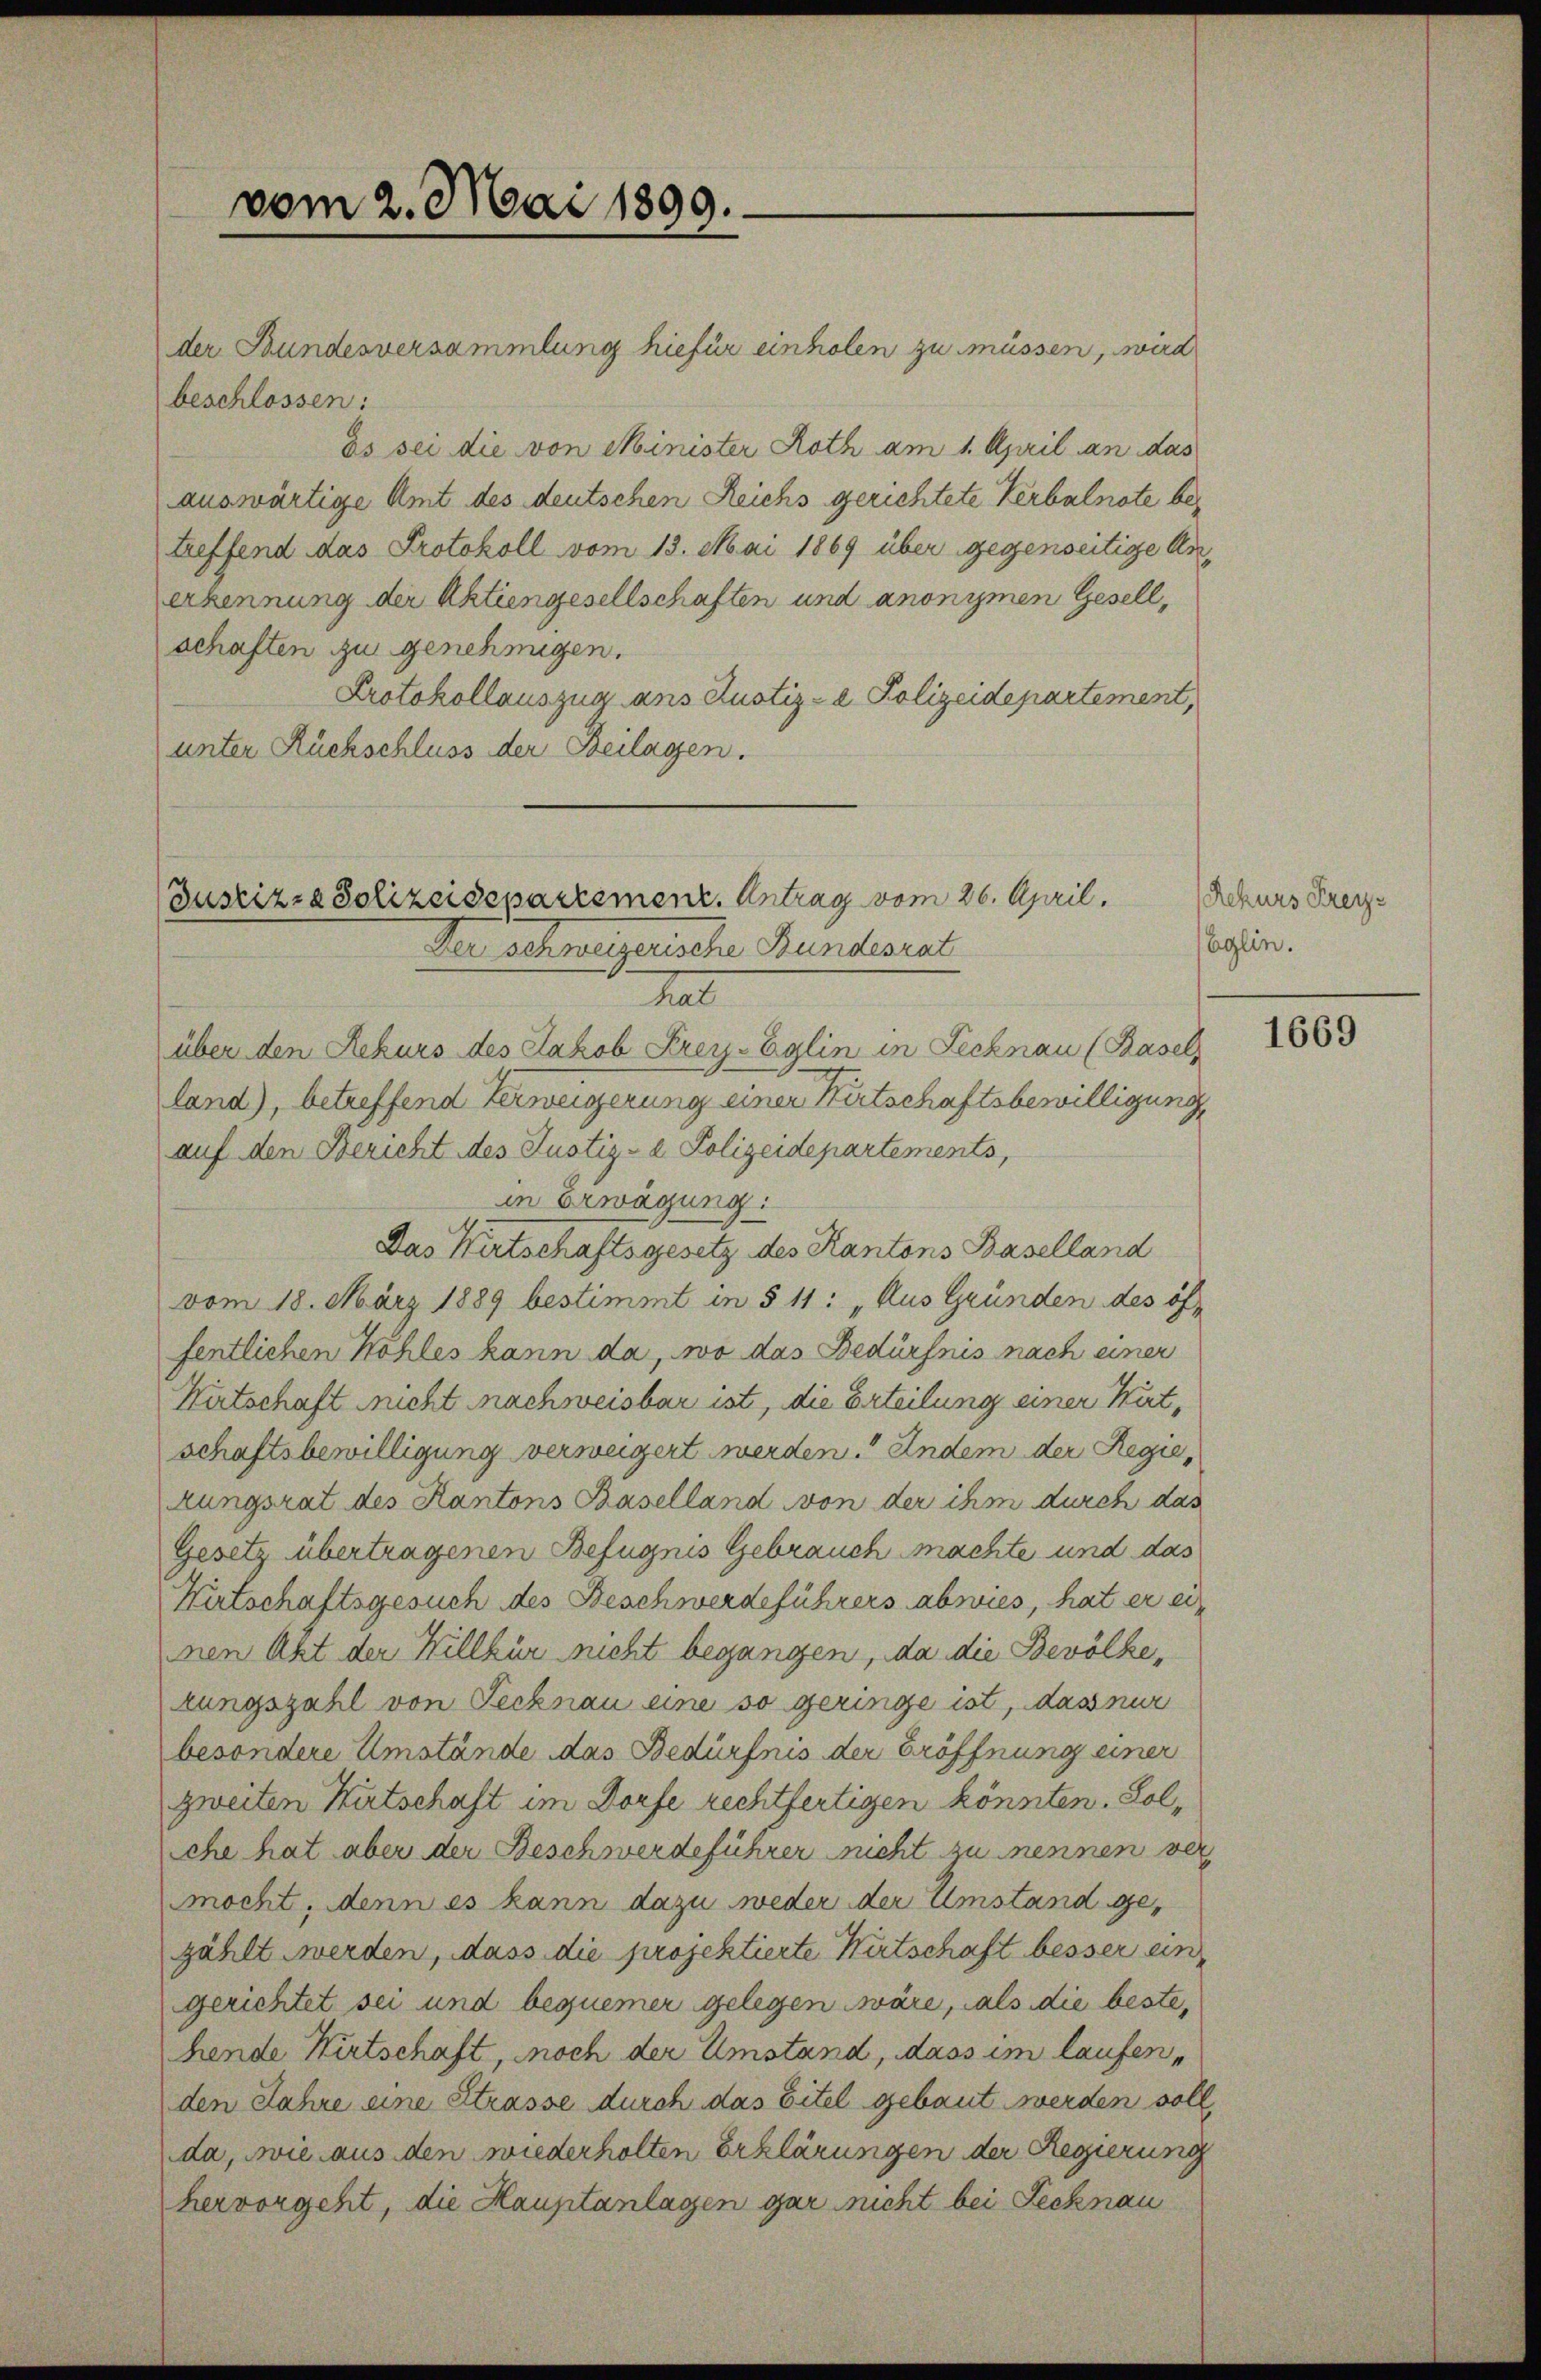
vom 2. Mai 1899.

der Bundesversammlung hiefür einholen zu müssen, wird
beschlossen:
ds sei die von Minister Roth am 1. April an das
auswärtige Amt des deutschen Reichs gerichtete Verbalnote betreffend das Protokoll vom 13. Mai 1869 über gegenseitige Anerkennung der Aktiengesellschaften und anonymen Gesell,
schaften zu genehmigen.
Protokollauszug ans Justiz- & Polizeidepartement,
unter Rückschluss der Beilagen.

Justizza Polizeisepartement. Antrag vom 26. April.
Der schweizerische Bundesrat
tal
über den Rekurs des Jakob Frey-Eglin in Fecknau (Basels

land), betreffend Verweigerung einer Wirtschaftsbewilligung
auf den Bericht des Justiz- & Polizeidepartements,
in Erwägung:
Das Wirtschaftsgesetz des Kantons Baselland
vom 18. März 1889 bestimmt in § 11: „Aus Gründen des öffentlichen Köhles kann da, wo das Bedürfnis nach einer
Kutschaft nicht nachweisbar ist, die Erteilung einer Kirt,
schaftsbewilligung verweigert werden. Indem der Regiekungsrat des Kantons Baselland von der ihm durch das
Gesetz übertragenen Befugnis Gebrauch machte und das
Wirtschaftsgesuch des Beschwerdeführers abwies, hat er einen Akt der Hillkür nicht begangen, da die Bevölke,
zungszahl von Secknau eine so geringe ist, dass nur
besondere Umstände das Bedürfnis der Eröffnung einer
zweiten Kutschaft im Dorfe rechtfertigen könnten. Solche hat aber der Beschwerdeführer nicht zu nennen ver
mocht, denn es kann dazu weder der Umstand gezählt werden, dass die projektierte Wirtschaft besser eingerichtet sei und bequemer gelegen wäre, als die beste,
hende Wirtschaft, noch der Umstand, dass im laufenden Jahre eine Strasse durch das Eitel gebaut werden soll,
da, wie aus den wiederholten Erklärungen der Regierung
hervorgeht, die Hauptanlagen gar nicht bei Tecknau

Rekurs Frey¬
Eglin.

1669